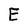
Character: E